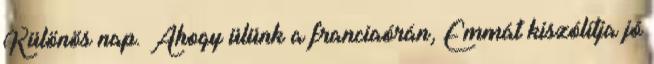
Különös nap. Ahogy ülünk a franciaórán, Emmát kiszólítja jó